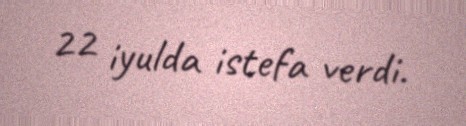
22 iyulda istefa verdi.